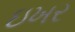
ઇખર